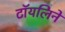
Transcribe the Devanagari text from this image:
टॉयलिने